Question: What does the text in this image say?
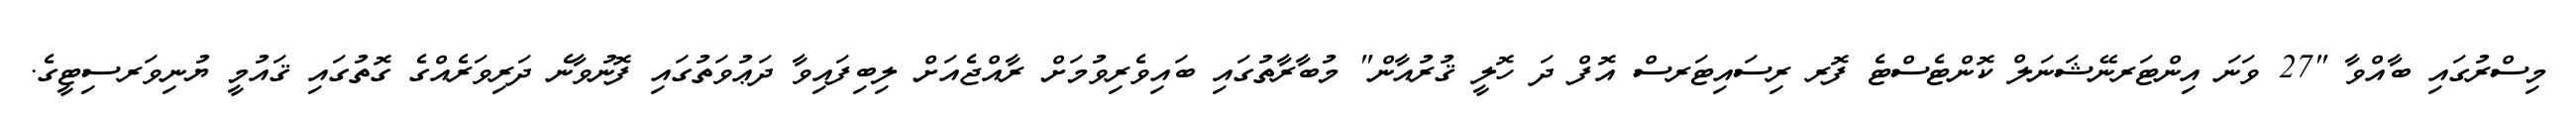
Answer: މިސްރުގައި ބާއްވާ "27 ވަނަ އިންޓަރނޭޝަނަލް ކޮންޓެސްޓެ ފޮރ ރިސައިޓަރސް އޮފް ދަ ހޮލީ ޤުރުއާން" މުބާރާތުގައި ބައިވެރިވުމަށް ރާއްޖެއަށް ލިބިފައިވާ ދަޢުވަތުގައި ފޮނުވާނެ ދަރިވަރެއްގެ ގޮތުގައި ޤައުމީ ޔުނިވަރސިޓީގެ.